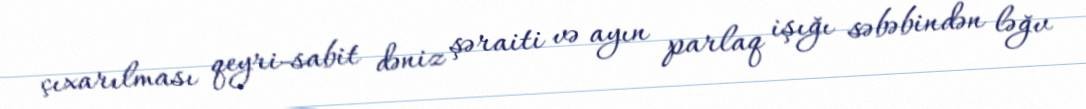
çıxarılması qeyri-sabit dəniz şəraiti və ayın parlaq işığı səbəbindən ləğv